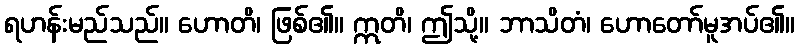
ရဟန်းမည်သည်။ ဟောတိ၊ ဖြစ်၏။ ဣတိ၊ ဤသို့။ ဘာသိတံ၊ ဟောတော်မူအပ်၏။